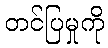
တင်ပြမှုကို